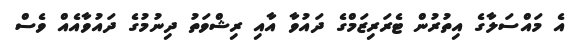
އެ މައްސަލާގެ އިތުރުން ޓެރަރިޒަމްގެ ދައުވާ އާއި ރިޝްވަތު ދިނުމުގެ ދައުވާއެއް ވެސް